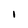
Character: l